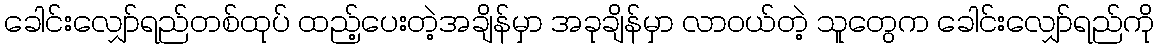
ခေါင်းလျှော်ရည်တစ်ထုပ် ထည့်ပေးတဲ့အချိန်မှာ အခုချိန်မှာ လာဝယ်တဲ့ သူတွေက ခေါင်းလျှော်ရည်ကို